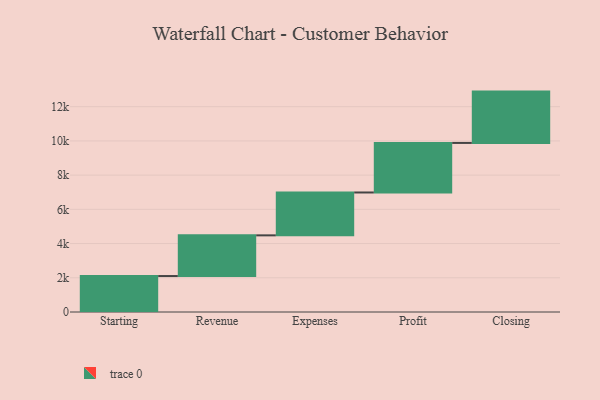
{"axis": {"x": "Step", "y": "Value"}, "legend": [""], "data": [{"x": "Starting", "y": 2102.0, "type": ""}, {"x": "Revenue", "y": 2378.0, "type": ""}, {"x": "Expenses", "y": 2506.0, "type": ""}, {"x": "Profit", "y": 2896.0, "type": ""}, {"x": "Closing", "y": 3000, "type": ""}]}